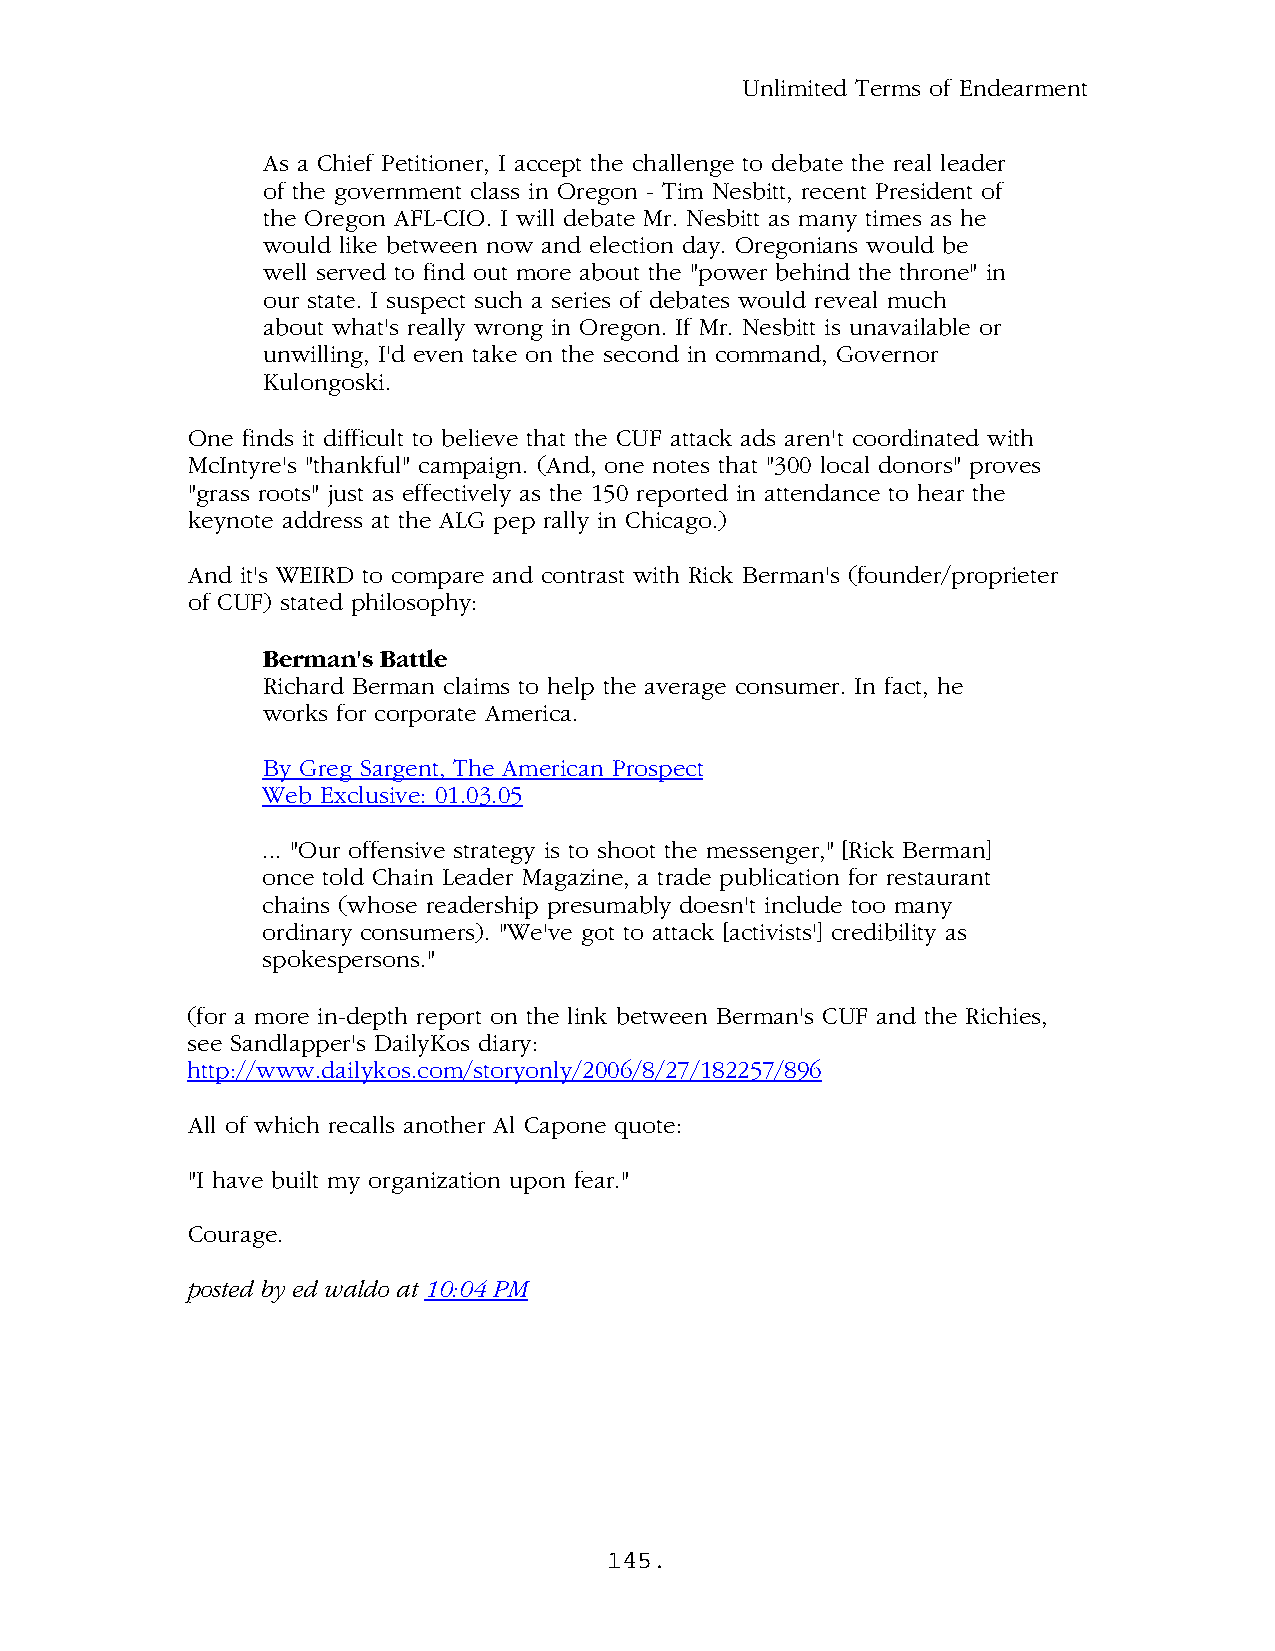
Unlimited Terms of Endearment
 As a Chief Petitioner, I accept the challenge to debate the real leader
 of the government class in Oregon - Tim Nesbitt, recent President of
 the Oregon AFL-CIO. I will debate Mr. Nesbitt as many times as he
 would like between now and election day. Oregonians would be
 well served to find out more about the "power behind the throne" in
 our state. I suspect such a series of debates would reveal much
 about what's really wrong in Oregon. If Mr. Nesbitt is unavailable or
 unwilling, I'd even take on the second in command, Governor
 Kulongoski.
 One finds it difficult to believe that the CUF attack ads aren't coordinated with
 McIntyre's "thankful" campaign. (And, one notes that "300 local donors" proves
 "grass roots" just as effectively as the 150 reported in attendance to hear the
 keynote address at the ALG pep rally in Chicago.)
 And it's WEIRD to compare and contrast with Rick Berman's (founder/proprieter
 of CUF) stated philosophy:
 Berman's Battle
 Richard Berman claims to help the average consumer. In fact, he
 works for corporate America.
 By Greg Sargent, The American Prospect
 Web Exclusive: 01.03.05
 ... "Our offensive strategy is to shoot the messenger," [Rick Berman]
 once told Chain Leader Magazine, a trade publication for restaurant
 chains (whose readership presumably doesn't include too many
 ordinary consumers). "We've got to attack [activists'] credibility as
 spokespersons."
 (for a more in-depth report on the link between Berman's CUF and the Richies,
 see Sandlapper's DailyKos diary:
 http://www.dailykos.com/storyonly/2006/8/27/182257/896
 All of which recalls another Al Capone quote:
 "I have built my organization upon fear."
 Courage.
 .
 posted by ed waldo at 10:04 PM
 145.